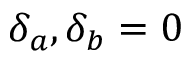
\delta _ { a } , \delta _ { b } = 0